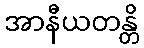
အာနီယတန္တိ